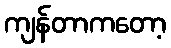
ကျန်တာကတော့